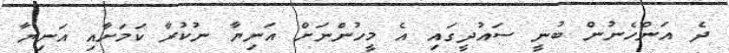
ދެ އަންހެނުން ބުނީ ސައުދީގައި އެ މީހުންނަށް އަނިޔާ ނުކުރާ ކަމަށާއި އަނިޔާ